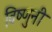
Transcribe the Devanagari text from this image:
विष्णुनी